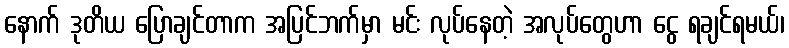
နောက် ဒုတိယ ပြောချင်တာက အပြင်ဘက်မှာ မင်း လုပ်နေတဲ့ အလုပ်တွေဟာ ငွေ ရချင်ရမယ်၊